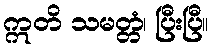
ဣတိ သမတ္တံ၊ ပြီးပြီ။